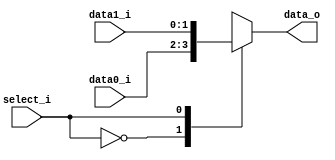
//Subject:     CO project 2 - MUX 221
//--------------------------------------------------------------------------------
//Version:     1
//--------------------------------------------------------------------------------
//Writer:      109550182
//----------------------------------------------
//----------------------------------------------
//Description: 
//--------------------------------------------------------------------------------
`timescale 1ns/1ps
module MUX_2to1 (data0_i, data1_i, select_i, data_o);

parameter size = 0;			   
			
//I/O ports               
input   [size-1:0] data0_i;          
input   [size-1:0] data1_i;
input              select_i;
output  [size-1:0] data_o; 

//Internal Signals
reg     [size-1:0] data_o;

//Main function
always @(*) begin
    case (select_i) 
        1'b0: data_o <= data0_i;
        1'b1: data_o <= data1_i;
    endcase
end

endmodule